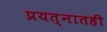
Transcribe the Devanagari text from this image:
प्रयत्नातही